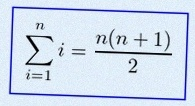
\sum_{i=1}^{n}i=\frac{n(n+1)}2